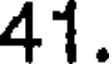
41.